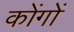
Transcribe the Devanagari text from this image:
कोंगों